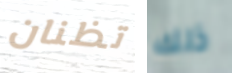
تظنان ذلك